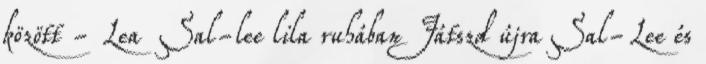
között - Lea Sal-lee lila ruhában Játszd újra Sal-Lee és